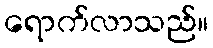
ရောက်လာသည်။